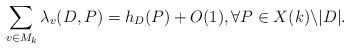
LaTeX: \begin{align*}\sum_{v\in M_k} \lambda_v(D, P) = h_D(P) + O(1), \forall P\in X(k)\backslash |D|.\end{align*}